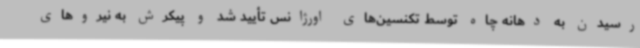
رسیدن به دهانه چاه توسط تکنسین‌های اورژانس تأیید شد و پیکرش به نیروهای